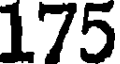
175